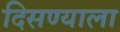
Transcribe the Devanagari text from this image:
दिसण्याला